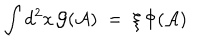
\int d ^ { 2 } x \, { \mathcal G } ( { \mathcal A } ) \; = \; \xi \, \Phi ( { \mathcal A } )